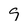
Character: 9